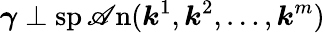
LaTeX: \boldsymbol{\gamma}\perp\operatorname{sp\mathscr{A}n}(\boldsymbol{k}^{1},\boldsymbol{k}^{2},\dots,\boldsymbol{k}^{m})